Report on vaccination North-West Frontier Province 1904-1922 - 1904-1922
Year: 1904
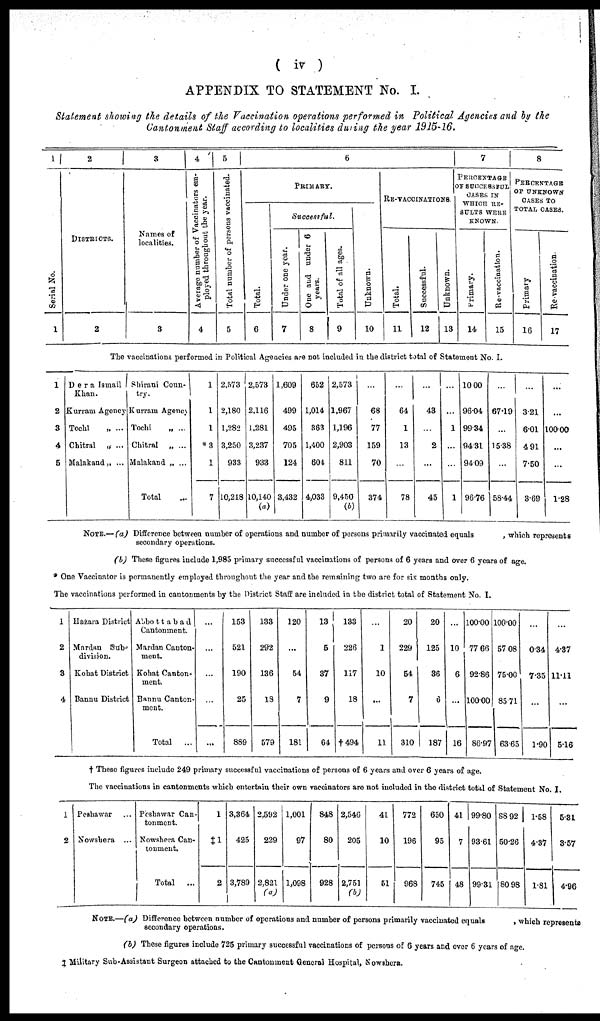
( iv )
APPENDIX TO STATEMENT No. I.
Statement showing the details of the Vaccination operations performed in Political Agencies and by the
Cantonment Staff according to localities during the year 1915-16.
1
Serial No.
1
2
DISTRICTS.
2
3
Names of
localities.
3
4
Average number of Vaccinators em-
ployed throughout the year.
4
5
Total number of persons vaccinated.
5
6
PRIMARY.
Total.
6
Successful.
Under one year.
7
One and under 6
years.
Total of all ages.
8
9
Unknown.
10
RE-VACCINATIONS.
Total.
11
Successful.
12
Unknown.
13
7
PERCENTAGE
OF SUCCESSFUL
CASES IN
WHICH RE-
SULTS WEEK
KNOWN.
Primary.
14
Re-vaccination.
15
8
PERCENTAGE
OF UNKNOWN
CASES TO
TOTAL CASES.
Primary
16
Re-vaccination.
17
The vaccinations performed in Political Agencies are not included in the district total of Statement No. I.
1
2
3
4
5
Dera Ismail
Khan.
Kurram Agency
Tochi
„ ...
Chitral „ ...
Malatand„ ...
Shirani Coun¬
try.
Kurram Agency
Tochi
„ ...
Chitral „ ...
Malakand „ ...
Total ...
1
1
1
*3
1
7
2,573
2,180
1,282
3,250
933
10,218
2,573
2,116
1,281
3,237
933
10,140
(a)
1,609
499
495
705
124
3,432
652
1,014
363
1,400
604
4,033
2,573
1,967
1,196
2,903
811
9,450
(b)
...
68
77
159
70
374
...
64
1
13
...
78
...
43
...
2
...
45
...
...
1
...
...
1
10.00
96.04
99.34
94.31
94.09
96.76
...
67.19
...
15.38
...
58.44
...
3.21
6.01
4.91
7.50
3.69
...
...
100.00
...
...
1.28
NOTE.— (a) Difference between number of operations and number of persons primarily vaccinated equals
, which represents
secondary operations.
(b) These figures include 1,985 primary successful vaccinations of persons of 6 years and over 6 years of age.
* One Vaccinator is permanently employed throughout the year and the remaining two are for six months only.
The vaccinations performed in cantonments by the District Staff are included in the district total of Statement No. I.
1
2
3
4
Hazara District
Mardan Sub¬
division.
Kohat District
Bannu District
Abbottabad
Cantonment.
Mardan Canton-
ment.
Kohat Canton-
ment.
Bannu Canton-
ment.
Total
...
...
...
...
...
...
153
521
190
25
889
133
232
136
18
579
120
...
54
7
181
13
5
37
9
64
133
226
117
18
†494
...
1
10
...
11
20
229
54
7
310
20
125
36
6
187
...
10
6
...
16
100.00
77.66
92.86
100.00
86.97
100.00
57.08
75.00
85.71
63.65
...
0.34
735
...
1.90
...
4.37
11.11
...
5.16
† These figures include 249 primary successful vaccinations of persons of 6 years and over 6 years of age.
The vaccinations in cantonments which entertain their own vaccinators are not included in the district total of Statement No. I.
1
2
Peshawar
Nowshera ...
Peshawar Can-
tonment.
Nowshera Can-
tonment.
Total
...
1
‡1
2
3,364
425
3,789
2,592
229
2,821
(a)
1,001
97
1,098
848
80
928
2,546
205
2,751
(b)
41
10
51
772
196
968
650
95
745
41
7
48
99.80
93.61
99.31
88.92
50.26
80 98
1.58
4.37
1.81
5.31
3.57
4.96
NOTE.—(a) Difference between number of operations and number of persons primarily vaccinated equals
, which represents
secondary operations.
(b) These figures include 725 primary successful vaccinations of persons of 6 years and over 6 years of age.
‡ Military Sub-Assistant Surgeon attached to the Cantonment General Hospital, Nowshers.